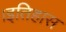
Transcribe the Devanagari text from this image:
।इतिहास